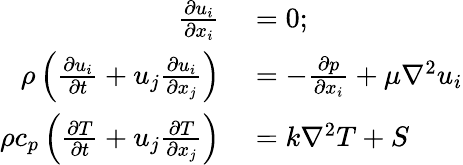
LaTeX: \begin{array}{rl}{\frac{\partial u_{i}}{\partial x_{i}}}&{{}=0;}\\ {\rho\left(\frac{\partial u_{i}}{\partial t}+u_{j}\frac{\partial u_{i}}{\partial x_{j}}\right)}&{{}=-\frac{\partial p}{\partial x_{i}}+\mu\nabla^{2}u_{i}}\\ {\rho c_{p}\left(\frac{\partial T}{\partial t}+u_{j}\frac{\partial T}{\partial x_{j}}\right)}&{{}=k\nabla^{2}T+S}\end{array}